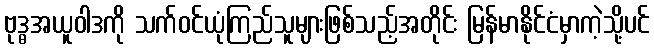
ဗုဒ္ဓအယူဝါဒကို သက်ဝင်ယုံကြည်သူများဖြစ်သည့်အတိုင်း မြန်မာနိုင်ငံမှာကဲ့သို့ပင်